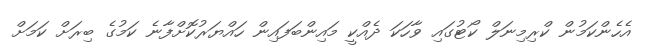
އެހެންކަމުން ކްރިމިނަލް ކޯޓުގައި ވާހަކަ ދެއްކީ މައިންބަފައިން ހައްޔަރުކޮށްފާނެ ކަމުގެ ބިރަށް ކަމަށް